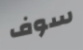
سوف